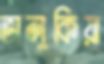
ভালুকিয়া